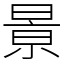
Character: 㬌